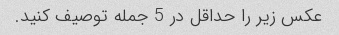
عکس زیر را حداقل در 5 جمله توصیف کنید.